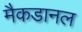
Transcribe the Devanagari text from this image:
मैकडानल